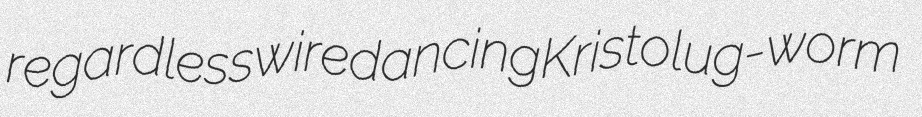
regardless wiredancing Kristo lug-worm